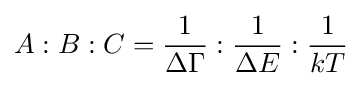
A:B:C={\frac {1}{\Delta \Gamma }}:{\frac {1}{\Delta E}}:{\frac {1}{kT}}